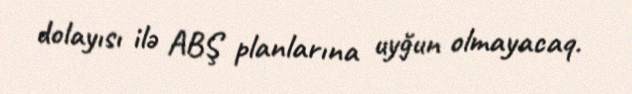
dolayısı ilə ABŞ planlarına uyğun olmayacaq.